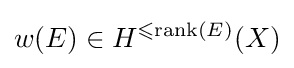
w(E)\in H^{\leqslant \mathrm {rank} (E)}(X)